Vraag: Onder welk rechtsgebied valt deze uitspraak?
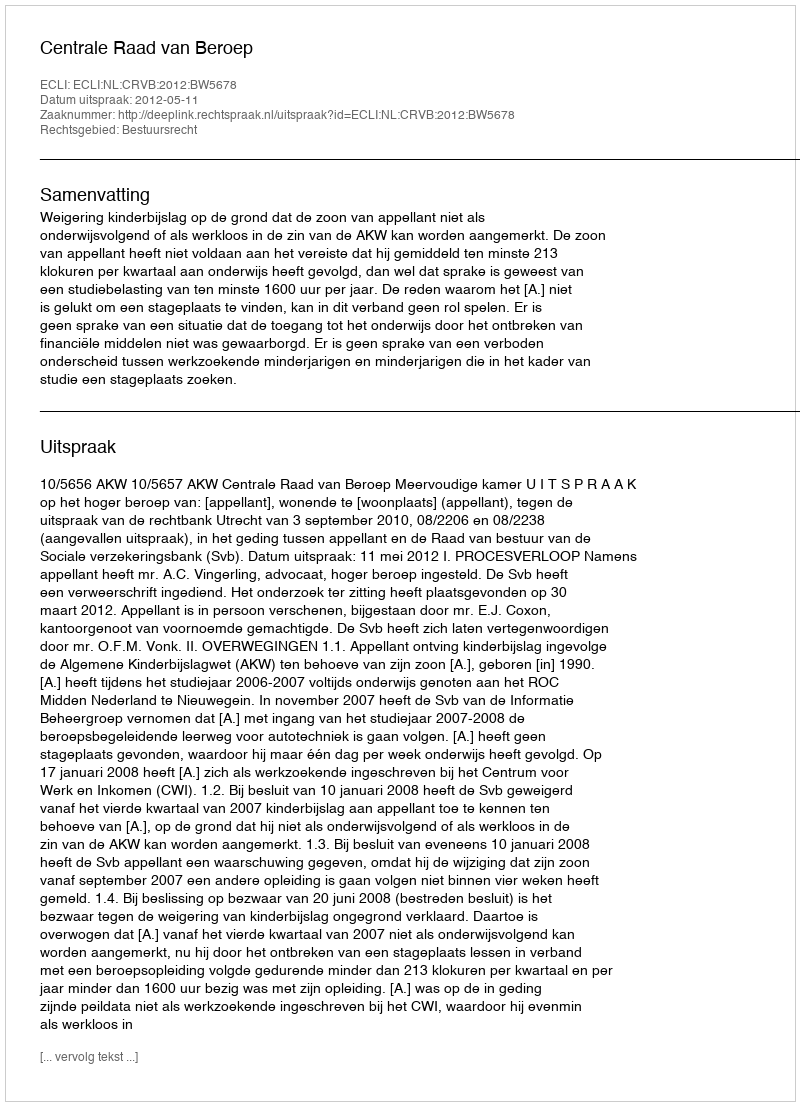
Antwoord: Bestuursrecht